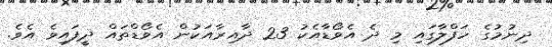
ދިނުމުގެ ހަފްލާގައި މި ދެ އެވޯޑާއެކު 23 ދާއިރާއަކުން އެވޯޑްތައް ދީފައިވެ އެވެ.